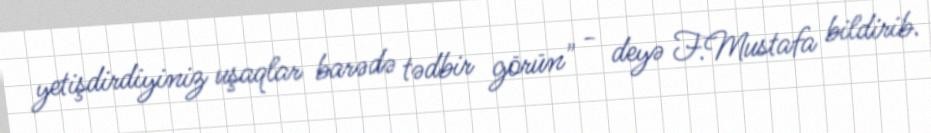
yetişdirdiyiniz uşaqlar barədə tədbir görün" - deyə F.Mustafa bildirib.